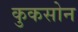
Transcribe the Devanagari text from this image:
कुकसोन